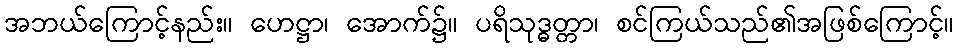
အဘယ်ကြောင့်နည်း။ ဟေဋ္ဌာ၊ အောက်၌။ ပရိသုဒ္ဓတ္တာ၊ စင်ကြယ်သည်၏အဖြစ်ကြောင့်။